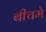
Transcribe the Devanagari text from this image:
बीचमे